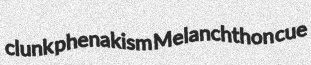
clunk phenakism Melanchthon cue